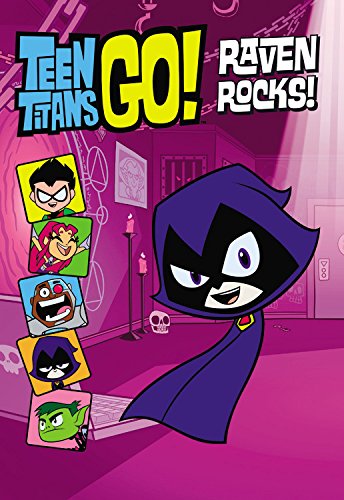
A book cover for Teen Titans Go!: Raven Rocks!; J.E. Bright; Children's Books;